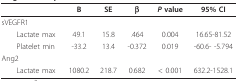
<table><thead><tr><td></td><td><b>B</b></td><td><b>SE</b></td><td><b>β</b></td><td><b><i>P </i>value</b></td><td><b>95% CI</b></td></tr></thead><tbody><tr><td>sVEGFR1</td><td></td><td></td><td></td><td></td><td></td></tr><tr><td> Lactate max</td><td>49.1</td><td>15.8</td><td>.464</td><td>0.004</td><td>16.65-81.52</td></tr><tr><td> Platelet min</td><td>-33.2</td><td>13.4</td><td>-0.372</td><td>0.019</td><td>-60.6- -5.794</td></tr><tr><td>Ang2</td><td></td><td></td><td></td><td></td><td></td></tr><tr><td> Lactate max</td><td>1080.2</td><td>218.7</td><td>0.682</td><td>&lt; 0.001</td><td>632.2-1528.1</td></tr></tbody></table>